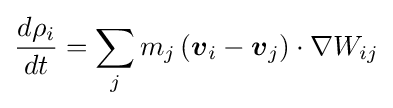
{\frac {d\rho _{i}}{dt}}=\sum _{j}m_{j}\left({\boldsymbol {v}}_{i}-{\boldsymbol {v}}_{j}\right)\cdot \nabla W_{ij}